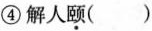
④解人\underset{·}{颐}()